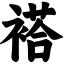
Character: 褡